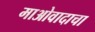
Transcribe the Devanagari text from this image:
माओवादाचा